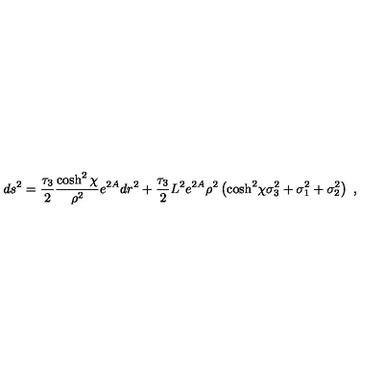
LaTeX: d s ^ { 2 } = { \frac { \tau _ { 3 } } { 2 } } { \frac { \cosh ^ { 2 } \chi } { \rho ^ { 2 } } } e ^ { 2 A } d r ^ { 2 } + { \frac { \tau _ { 3 } } { 2 } } { L ^ { 2 } } { e ^ { 2 A } } \rho ^ { 2 } \left( { \cosh ^ { 2 } \! \chi } \sigma _ { 3 } ^ { 2 } + \sigma _ { 1 } ^ { 2 } + \sigma _ { 2 } ^ { 2 } \right) \ ,